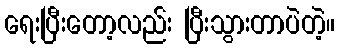
ရေးပြီးတော့လည်း ပြီးသွားတာပဲတဲ့။